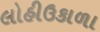
લોહીઉકાળા